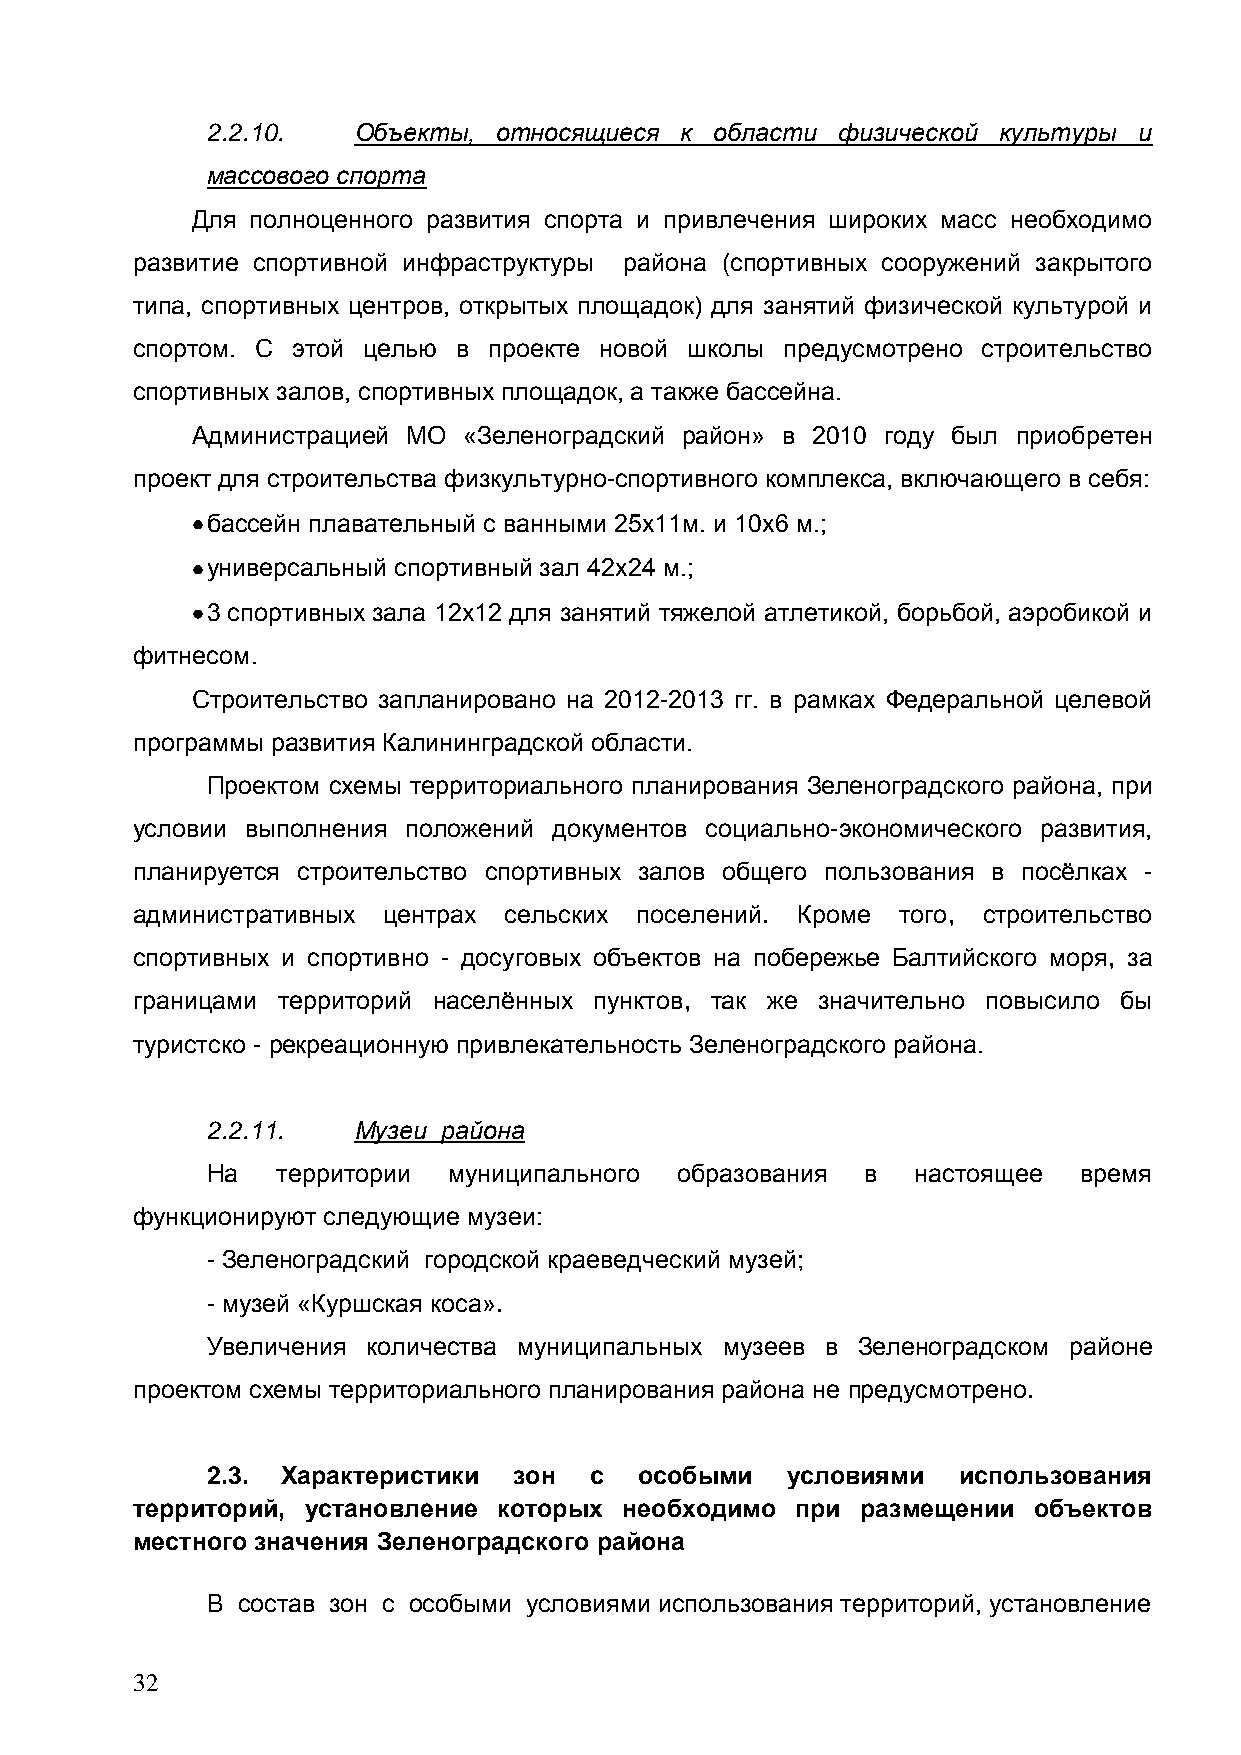
2.2.10.  Объекты,  относящиеся к области физической культуры и
 массового спорта
 Для полноценного развития спорта и привлечения широких масс необходимо
 развитие спортивной инфраструктуры района (спортивных сооружений закрытого
 типа, спортивных центров, открытых площадок) для занятий физической культурой и
 спортом. С этой целью в проекте новой школы предусмотрено строительство
 спортивных залов, спортивных площадок, а также бассейна.
 Администрацией МО «Зеленоградский район» в 2010 году был приобретен
 проект для строительства физкультурно-спортивного комплекса, включающего в себя:
 бассейн плавательный с ванными 25х11м. и 10х6 м.;
 универсальный спортивный зал 42х24 м.;
 3 спортивных зала 12х12 для занятий тяжелой атлетикой, борьбой, аэробикой и
 фитнесом.
 Строительство запланировано на 2012-2013 гг. в рамках Федеральной целевой
 программы развития Калининградской области.
 Проектом схемы территориального планирования Зеленоградского района, при
 условии выполнения положений документов социально-экономического развития,
 планируется строительство спортивных залов общего пользования в посѐлках -
 административных центрах сельских поселений. Кроме того, строительство
 спортивных и спортивно - досуговых объектов на побережье Балтийского моря, за
 границами территорий населѐнных пунктов, так же значительно повысило бы
 туристско - рекреационную привлекательность Зеленоградского района.
 2.2.11.  Музеи района
 На  территории  муниципального образования в   настоящее время
 функционируют следующие музеи:
 - Зеленоградский городской краеведческий музей;
 - музей «Куршская коса».
 Увеличения количества муниципальных музеев в Зеленоградском районе
 проектом схемы территориального планирования района не предусмотрено.
 2.3. Характеристики зон  с  особыми   условиями  использования
 территорий, установление которых необходимо при размещении объектов
 местного значения Зеленоградского района
 В состав зон с особыми условиями использования территорий, установление
 32